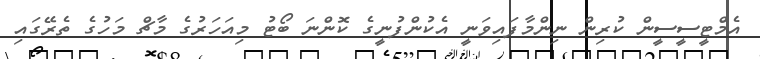
އެމްޓީސީސީން ކުރިން ނިންމާފައިވަނީ އެކުންފުނީގެ ކޮންނަ ބޯޓު މިއަހަރުގެ މާޗް މަހުގެ ތެރޭގައި